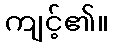
ကျင့်၏။